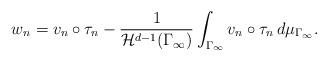
LaTeX: \begin{align*} w_n=v_n\circ \tau_n-\frac{1}{ \mathcal{H}^{d-1}(\Gamma_\infty) }\int_{\Gamma _\infty}v_n\circ \tau_n \, d\mu_{\Gamma _\infty}.\end{align*}